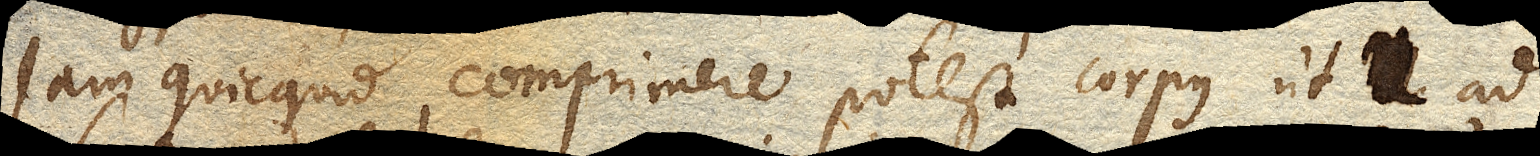
Jam quicquid comprimere potest corpus ut 1. ad